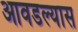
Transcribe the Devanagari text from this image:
आवडल्यास